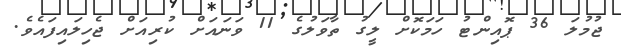
ޖުމުލަ 36 ޕޮއިންޓު ހަމަކޮށް ލީގު ތާވަލުގެ 11 ވަނައަށް ކުރިއަށް ޖެހިލައިފައެވެ.